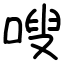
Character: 嗖